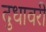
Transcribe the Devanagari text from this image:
दुधावरी